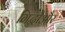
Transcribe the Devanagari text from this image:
गिद्धोंऔर